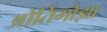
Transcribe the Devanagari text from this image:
ओर्तिगोझा